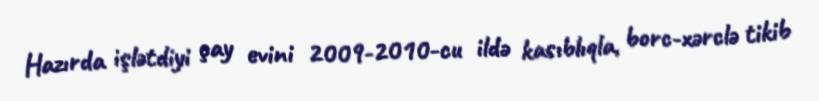
Hazırda işlətdiyi çay evini 2009-2010-cu ildə kasıblıqla, borc-xərclə tikib